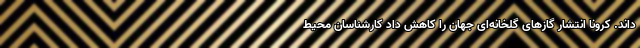
‌داند. کرونا انتشار گازهای گلخانه‌ای جهان را کاهش داد کارشناسان محیط